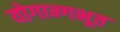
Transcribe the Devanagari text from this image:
योगान्गभूत